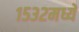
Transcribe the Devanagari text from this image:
१५३२मध्ये